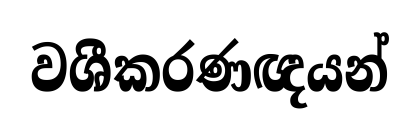
වශීකරණඥයන්